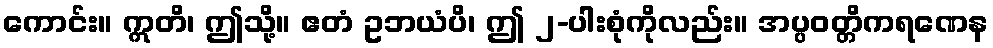
ကောင်း။ ဣတိ၊ ဤသို့။ ဧတံ ဥဘယံပိ၊ ဤ ၂-ပါးစုံကိုလည်း။ အပ္ပဝတ္တိကရဏေန